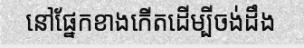
នៅផ្នែកខាងកើតដើម្បីចង់ដឹង